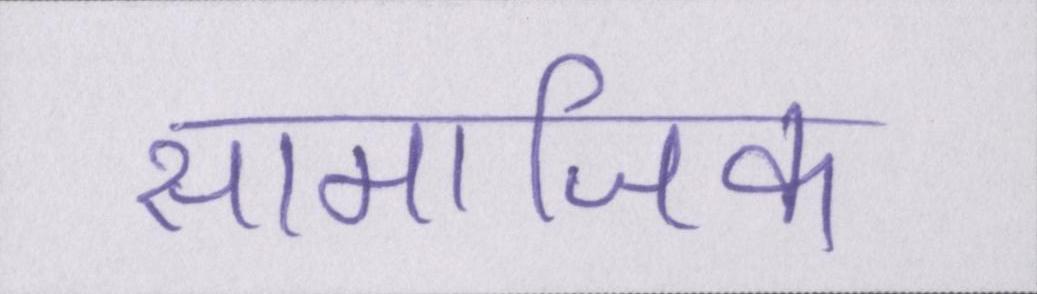
सामाजिक